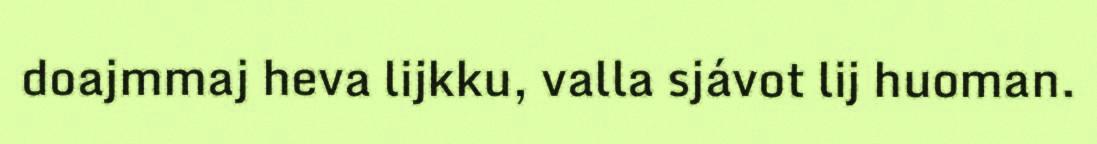
doajmmaj heva lijkku, valla sjávot lij huoman.